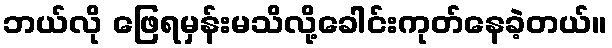
ဘယ်လို ဖြေရမှန်းမသိလို့ခေါင်းကုတ်နေခဲ့တယ်။